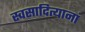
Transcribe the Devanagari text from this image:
स्वसादित्यानां